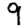
Digit: 9